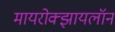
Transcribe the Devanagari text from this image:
मायरोक्झायलॉन